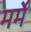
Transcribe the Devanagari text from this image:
मर्मे